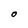
Character: O